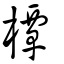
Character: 橝